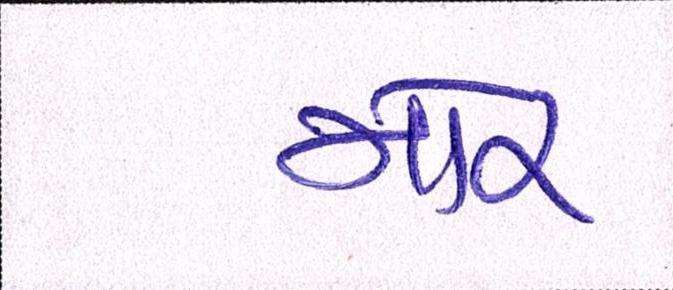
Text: મોર